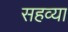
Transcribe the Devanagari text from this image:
सहव्या